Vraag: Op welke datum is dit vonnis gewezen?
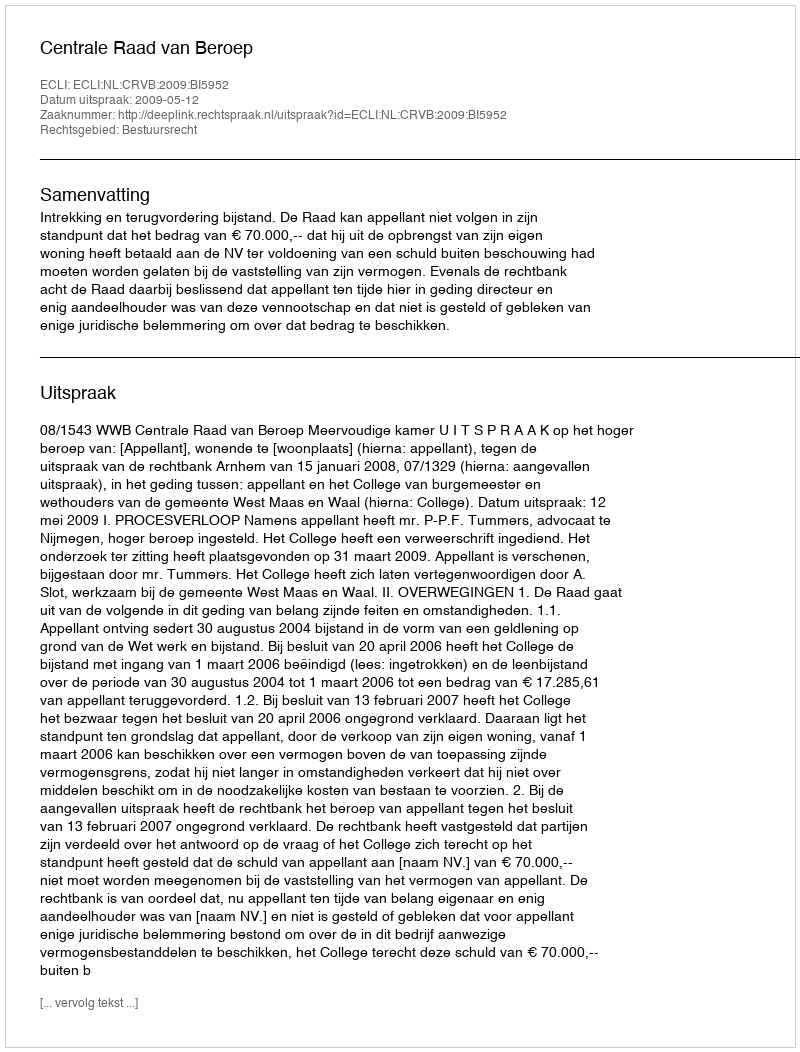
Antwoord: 2009-05-12